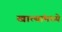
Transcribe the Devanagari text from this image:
खात्यांमध्ये